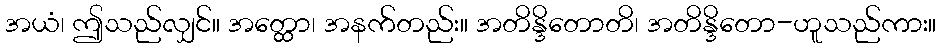
အယံ၊ ဤသည်လျှင်။ အတ္ထော၊ အနက်တည်း။ အတိန္ဒိတောတိ၊ အတိန္ဒိတော-ဟူသည်ကား။